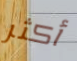
أكثر